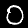
Label: 0